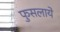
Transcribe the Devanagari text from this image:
फुसलाये